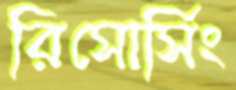
রিসোর্সিং